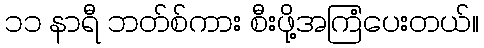
၁၁ နာရီ ဘတ်စ်ကား စီးဖို့အကြံပေးတယ်။